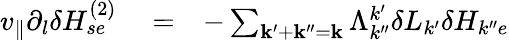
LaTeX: \begin{array}{rlr}{v_{\parallel}\partial_{l}\delta H_{se}^{(2)}}&{{}=}&{-\sum_{\mathbf{k}^{\prime}+\mathbf{k}^{\prime\prime}=\mathbf{k}}\Lambda_{k^{\prime\prime}}^{k^{\prime}}\delta L_{k^{\prime}}\delta H_{k^{\prime\prime}e}}\end{array}